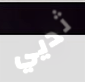
ثديي